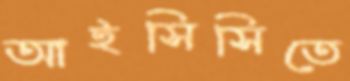
আইসিসিতে